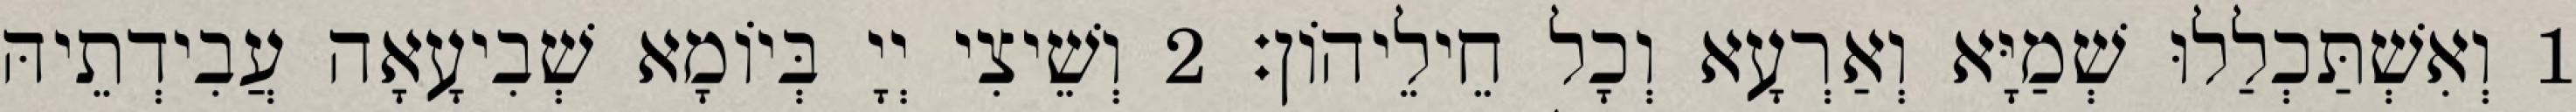
1 וְאִשְׁתַּכְלַלוּ שְׁמַיָּא וְאַרְעָא וְכָל חֵילֵיהוֹן׃ 2 וְשֵׁיצִי יְיָ בְּיוֹמָא שְׁבִיעָאָה עֲבִידְתֵיהּ